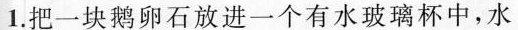
1.把一块鹅卵石放进一个有水玻璃杯中，水